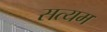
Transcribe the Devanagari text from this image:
सत्यम